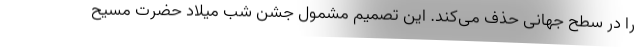
را در سطح جهانی حذف می‌کند. این تصمیم مشمول جشن شب میلاد حضرت مسیح